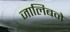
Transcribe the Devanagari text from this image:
जालिबने